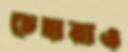
চেহারাও